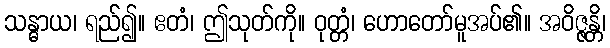
သန္ဓာယ၊ ရည်၍။ ဧတံ၊ ဤသုတ်ကို။ ဝုတ္တံ၊ ဟောတော်မူအပ်၏။ အဝိဇ္ဇန္တိ၊